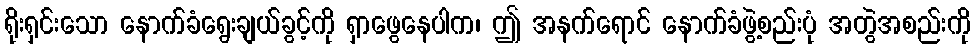
ရိုးရှင်းသော နောက်ခံရွေးချယ်ခွင့်ကို ရှာဖွေနေပါက၊ ဤ အနက်ရောင် နောက်ခံဖွဲ့စည်းပုံ အတွဲအစည်းကို